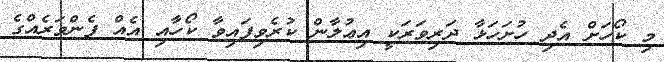
މި ކޯހަށް އެދި ހުށަހަޅާ ދަރިވަރަކީ އިޢުލާން ކުރެވިފައިވާ ކޯހާއި އެއް ފެންވަރެއްގެ